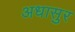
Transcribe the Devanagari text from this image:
अधासुर